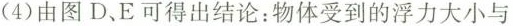
(4)由图D、E可得出结论：物体受到的浮力大小与